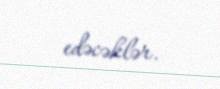
edəcəklər.